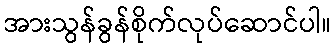
အားသွန်ခွန်စိုက်လုပ်ဆောင်ပါ။